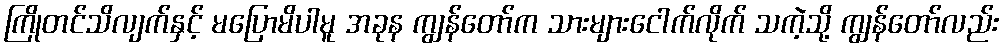
ကြိုတင်သိလျက်နှင့် မပြောမိပါမူ အခုန ကျွန်တော်က သားများငေါက်လိုက် သကဲ့သို့ ကျွန်တော်လည်း